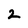
Character: 2